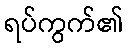
ရပ်ကွက်၏